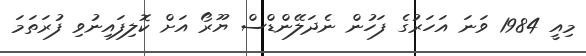
މިއީ 1984 ވަނަ އަހަރުގެ ފަހުން ނެދަލޭންޑްސް ޔޫރޯ އަށް ކޮލިފައިނުވި ފުރަތަމަ